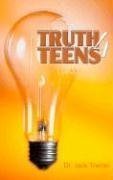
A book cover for Truth 4 Teens; Jack Trieber; Christian Books & Bibles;